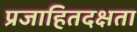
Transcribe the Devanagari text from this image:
प्रजाहितदक्षता